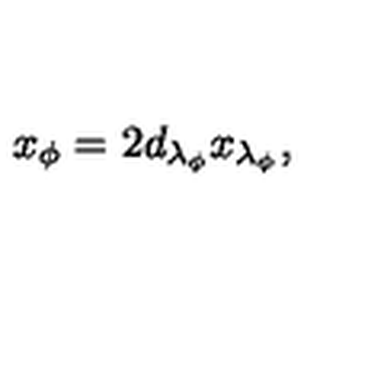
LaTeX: x _ { \phi } = 2 d _ { \lambda _ { \phi } } x _ { \lambda _ { \phi } } ,